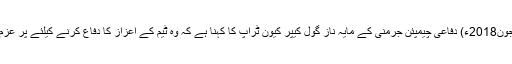
06 جون2018ء) دفاعی چیمپئن جرمنی کے مایہ ناز گول کیپر کیون ٹراپ کا کہنا ہے کہ وہ ٹیم کے اعزاز کا دفاع کرنے کیلئے پر عزم ہے۔